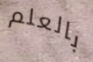
بالعلم